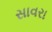
સાવરા